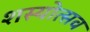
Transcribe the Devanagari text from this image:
शस्योत्सव